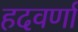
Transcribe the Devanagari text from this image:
हदवर्णा